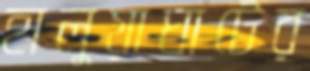
হালুয়াঘাটের